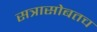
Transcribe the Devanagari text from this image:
सत्रासोबतच